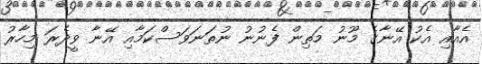
އެއާއި އެކު އޭނާގެ މޫނު މަތިން ފެނުނު ނުތަނަވަސްކަމާއި އޭނާ ވީދެރަ މިހާރު